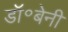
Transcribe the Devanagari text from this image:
डॉ॰बेनी